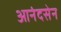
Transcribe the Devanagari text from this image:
आनंदसेन